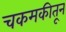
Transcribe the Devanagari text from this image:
चकमकीतून